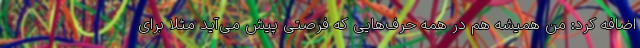
اضافه کرد: من همیشه هم در همه حرف‌هایی که فرصتی پیش می‌آید مثلا برای